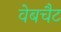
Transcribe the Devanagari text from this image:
वेबचैट